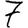
Digit: 7